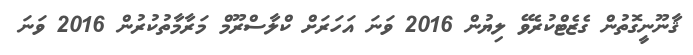
ޤާނޫނީގޮތުން ގެޒެޓްކުރެވޭ ލިޔުން 2016 ވަނަ އަހަރަށް ކްލާސްރޫމް މަރާމާތުކުރުން 2016 ވަނަ